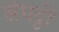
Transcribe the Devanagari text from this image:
संघट्टों